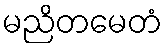
မညိတမေတံ